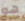
هو